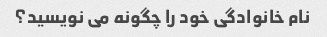
نام خانوادگی خود را چگونه می نویسید؟